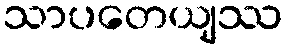
သာပတေယျဿ